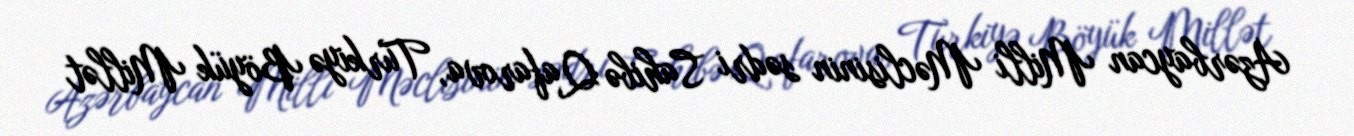
Azərbaycan Milli Məclisinin sədri Sahibə Qafarova, Türkiyə Böyük Millət